Annual vaccination report of Bihar and Orissa - 1911-1928
Year: 1911
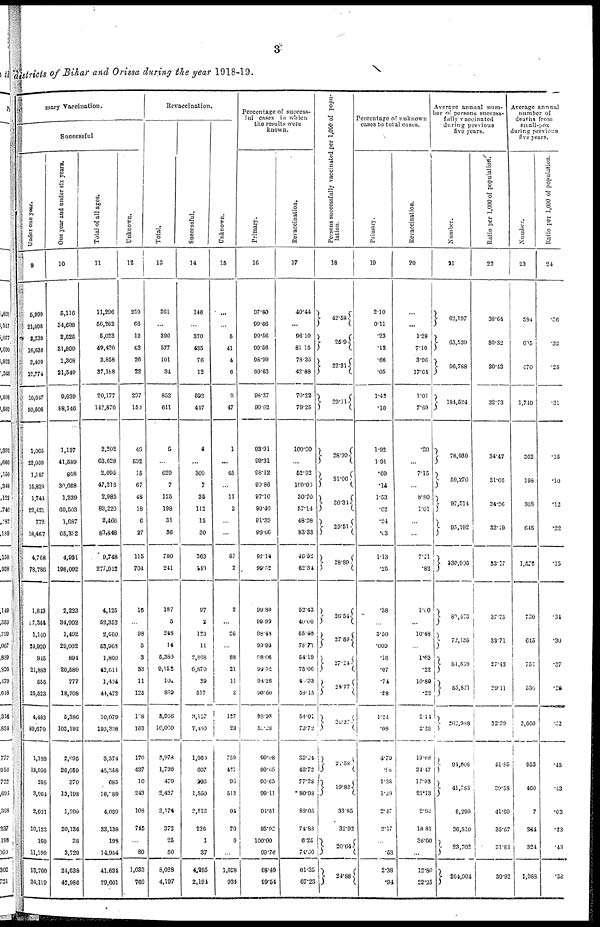
3
districts of Bihar and Orissa during the year 1918-19.
mary Vaccination.
Successful
Under one year.
9
5,999
21,098
2,239
16,636
2,409
12,774
10,647
50,508
1,065
22,069
1,187
16,829
1,744
22,431
772
18,467
4,768
78,786
1,843
17,344
1,140
24,920
945
21,883
555
25,523
4,483
89,670
1,188
18,956
258
3,964
2,031
10,123
160
11,199
13,760
34,110
One year and under six years.
10
5,116
34,698
2,625
31,899
1,308
21,549
9,039
88,146
1,137
41,589
868
30,008
1,239
60,503
1,687
65,332
4,931
198,092
2,223
34,902
1,492
29,002
894
20,580
777
18,708
5,386
103,192
2,095
26,059
370
13,198
1,999
20,136
38
3,720
24,638
42,986
Total of all ages.
11
11,296
56,262
5,023
49,420
3,858
37,188
20,177
142,870
2,202
63,628
2,095
47,216
2,985
83,220
2,466
83,848
9,748
277,912
4,125
52,352
2,660
53,963
1,860
42,611
1,434
44,472
10,079
193,338
3,574
46,358
685
18,089
4,030
33,138
108
14,954
41,634
79,601
Unknown.
12
259
66
12
62
26
22
297
150
48
592
15
67
48
18
6
27
115
704
16
...
98
5
3
33
11
125
18
103
170
437
10
243
108
715
...
80
1,033
760
Revaccination.
Total.
13
361
...
390
577
101
34
852
611
5
...
629
7
125
198
31
36
790
241
187
5
248
14
6,389
9,152
104
889
5,916
10,000
3,978
1,720
479
2,427
3,174
372
25
50
8,028
4,197
Successful.
14
146
...
370
435
76
12
592
447
4
...
309
7
35
112
15
30
363
140
97
2
123
11
2,868
6,870
39
517
3,127
7,440
1,060
607
293
1,550
2,712
226
1
37
4,295
2,194
Unknown.
15
...
...
5
41
4
6
9
47
1
...
45
...
11
2
...
...
57
2
2
...
26
...
88
21
11
2
127
23
759
411
96
513
94
70
9
...
1,028
934
Percentage of success-
ful cases in which
the results were
known.
Primary.
16
97.80
99.66
99.56
99.56
98.99
99.63
98.37
99.62
93.91
99.31
98.12
90.86
97.10
99.40
91.39
99.66
97.14
99.52
99.80
99.99
98.48
99.93
98.06
99.52
94.26
99.60
98.98
50.28
99.08
99.65
96.63
99.11
94.81
95.92
100.00
99.76
98.49
99.54
Revaccination.
17
40.44
...
96.10
81.15
78.35
42.88
70.22
79.25
100.00
...
52.92
100.00
30.70
57.14
48.38
83.33
49.52
62.34
52.43
40.00
55.40
78.71
54.19
75.06
4.33
58.15
54.01
73.72
33.24
46.72
77.28
80.98
88.05
71.83
6.25
74.00
61.35
67.23
Persons successfully vaccinated per 1,000 of popu-
lation.
18
42.58
25.9
22.31
29.11
28.99
21.06
30.34
29.51
28.89
26.54
27.59
27.24
24.77
28.27
2.58
19.82
33.85
32.92
20.64
24.88
Percentage of unknown
cases to total cases.
Primary.
19
2.10
0.11
.23
.12
.66
.05
1.42
.10
1.92
1.01
.69
.14
1.53
.02
.24
.03
1.13
.25
.38
...
3.50
.009
.16
.07
.71
.88
1.24
.08
4.79
.98
1.38
1.29
2.47
2.17
...
.53
2.38
.94
Revaccination.
20
...
...
1.28
7.10
3.96
17.64
1.05
7.69
.20
...
7.15
...
8.80
1.01
...
...
7.21
.82
1.00
...
10.48
...
1.63
.22
10.89
.22
2.14
2.28
19.08
24.47
17.98
21.13
2.90
18.81
36.00
...
12.80
22.25
Average annual num-
ber of persons success-
fully vaccinated
during previous
five years.
Number.
21
62,197
63,539
56,788
184,524
78,930
59,270
97,514
95,192
330,996
89,478
72,135
54,559
55,821
262,988
94,608
41,785
8,299
36,510
23,702
204,904
Ratio per 1,000 of population.
22
38.64
30.32
30.43
32.73
34.47
31.05
34.26
32.49
33.17
37.75
33.71
27.43
29.11
32.29
44.85
30.58
41.60
35.67
31.81
39.92
Average annual
number of
deaths from
small-pox
during previous
five years.
Number.
23
584
695
470
1,749
362
198
368
645
1,573
730
645
755
530
2,660
953
460
7
244
324
1,988
Ratio per 1,000 of population.
24
.86
.32
.25
.31
.15
.10
.12
.22
.15
.34
.30
.37
.28
.32
.45
.43
.03
.23
.43
.38